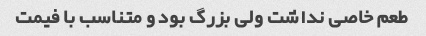
طعم خاصی نداشت ولی بزرگ بود و متناسب با فیمت